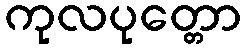
ကုလပုတ္တော